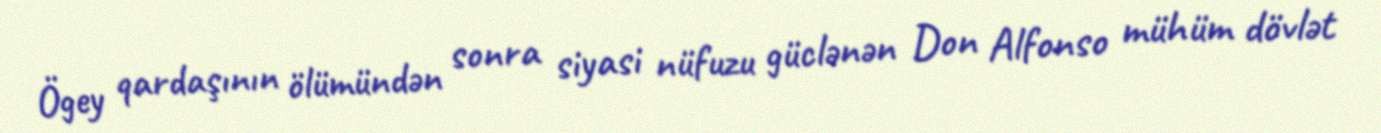
Ögey qardaşının ölümündən sonra siyasi nüfuzu güclənən Don Alfonso mühüm dövlət